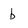
Character: b